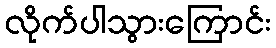
လိုက်ပါသွားကြောင်း